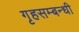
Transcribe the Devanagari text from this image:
गृहसम्बन्धी